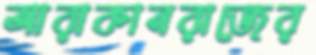
আরাকানরাজের